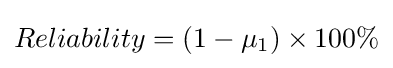
Reliability=(1-\mu _{1})\times 100\%